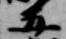
五